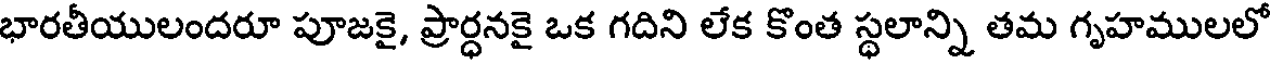
భారతీయులందరూ పూజకై, ప్రార్ధనకై ఒక గదిని లేక కొంత స్థలాన్ని తమ గృహములలో